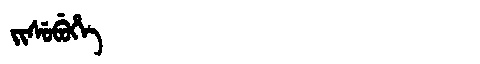
Manchu: ᠵᡳᠰᡠᠪᡠᡥᡝ
Romanization: JISUBUHE